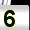
Digit: 5